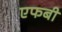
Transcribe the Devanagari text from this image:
एफबी